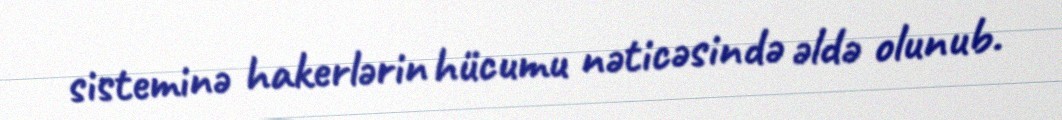
sisteminə hakerlərin hücumu nəticəsində əldə olunub.